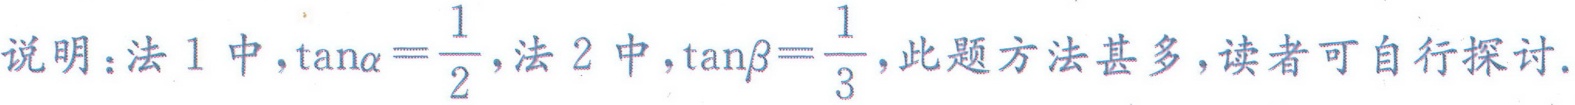
说明：法 1 中，\(\tan\alpha=\frac{1}{2}\)，法 2 中，\(\tan\beta=\frac{1}{3}\)，此题方法甚多，读者可自行探讨.